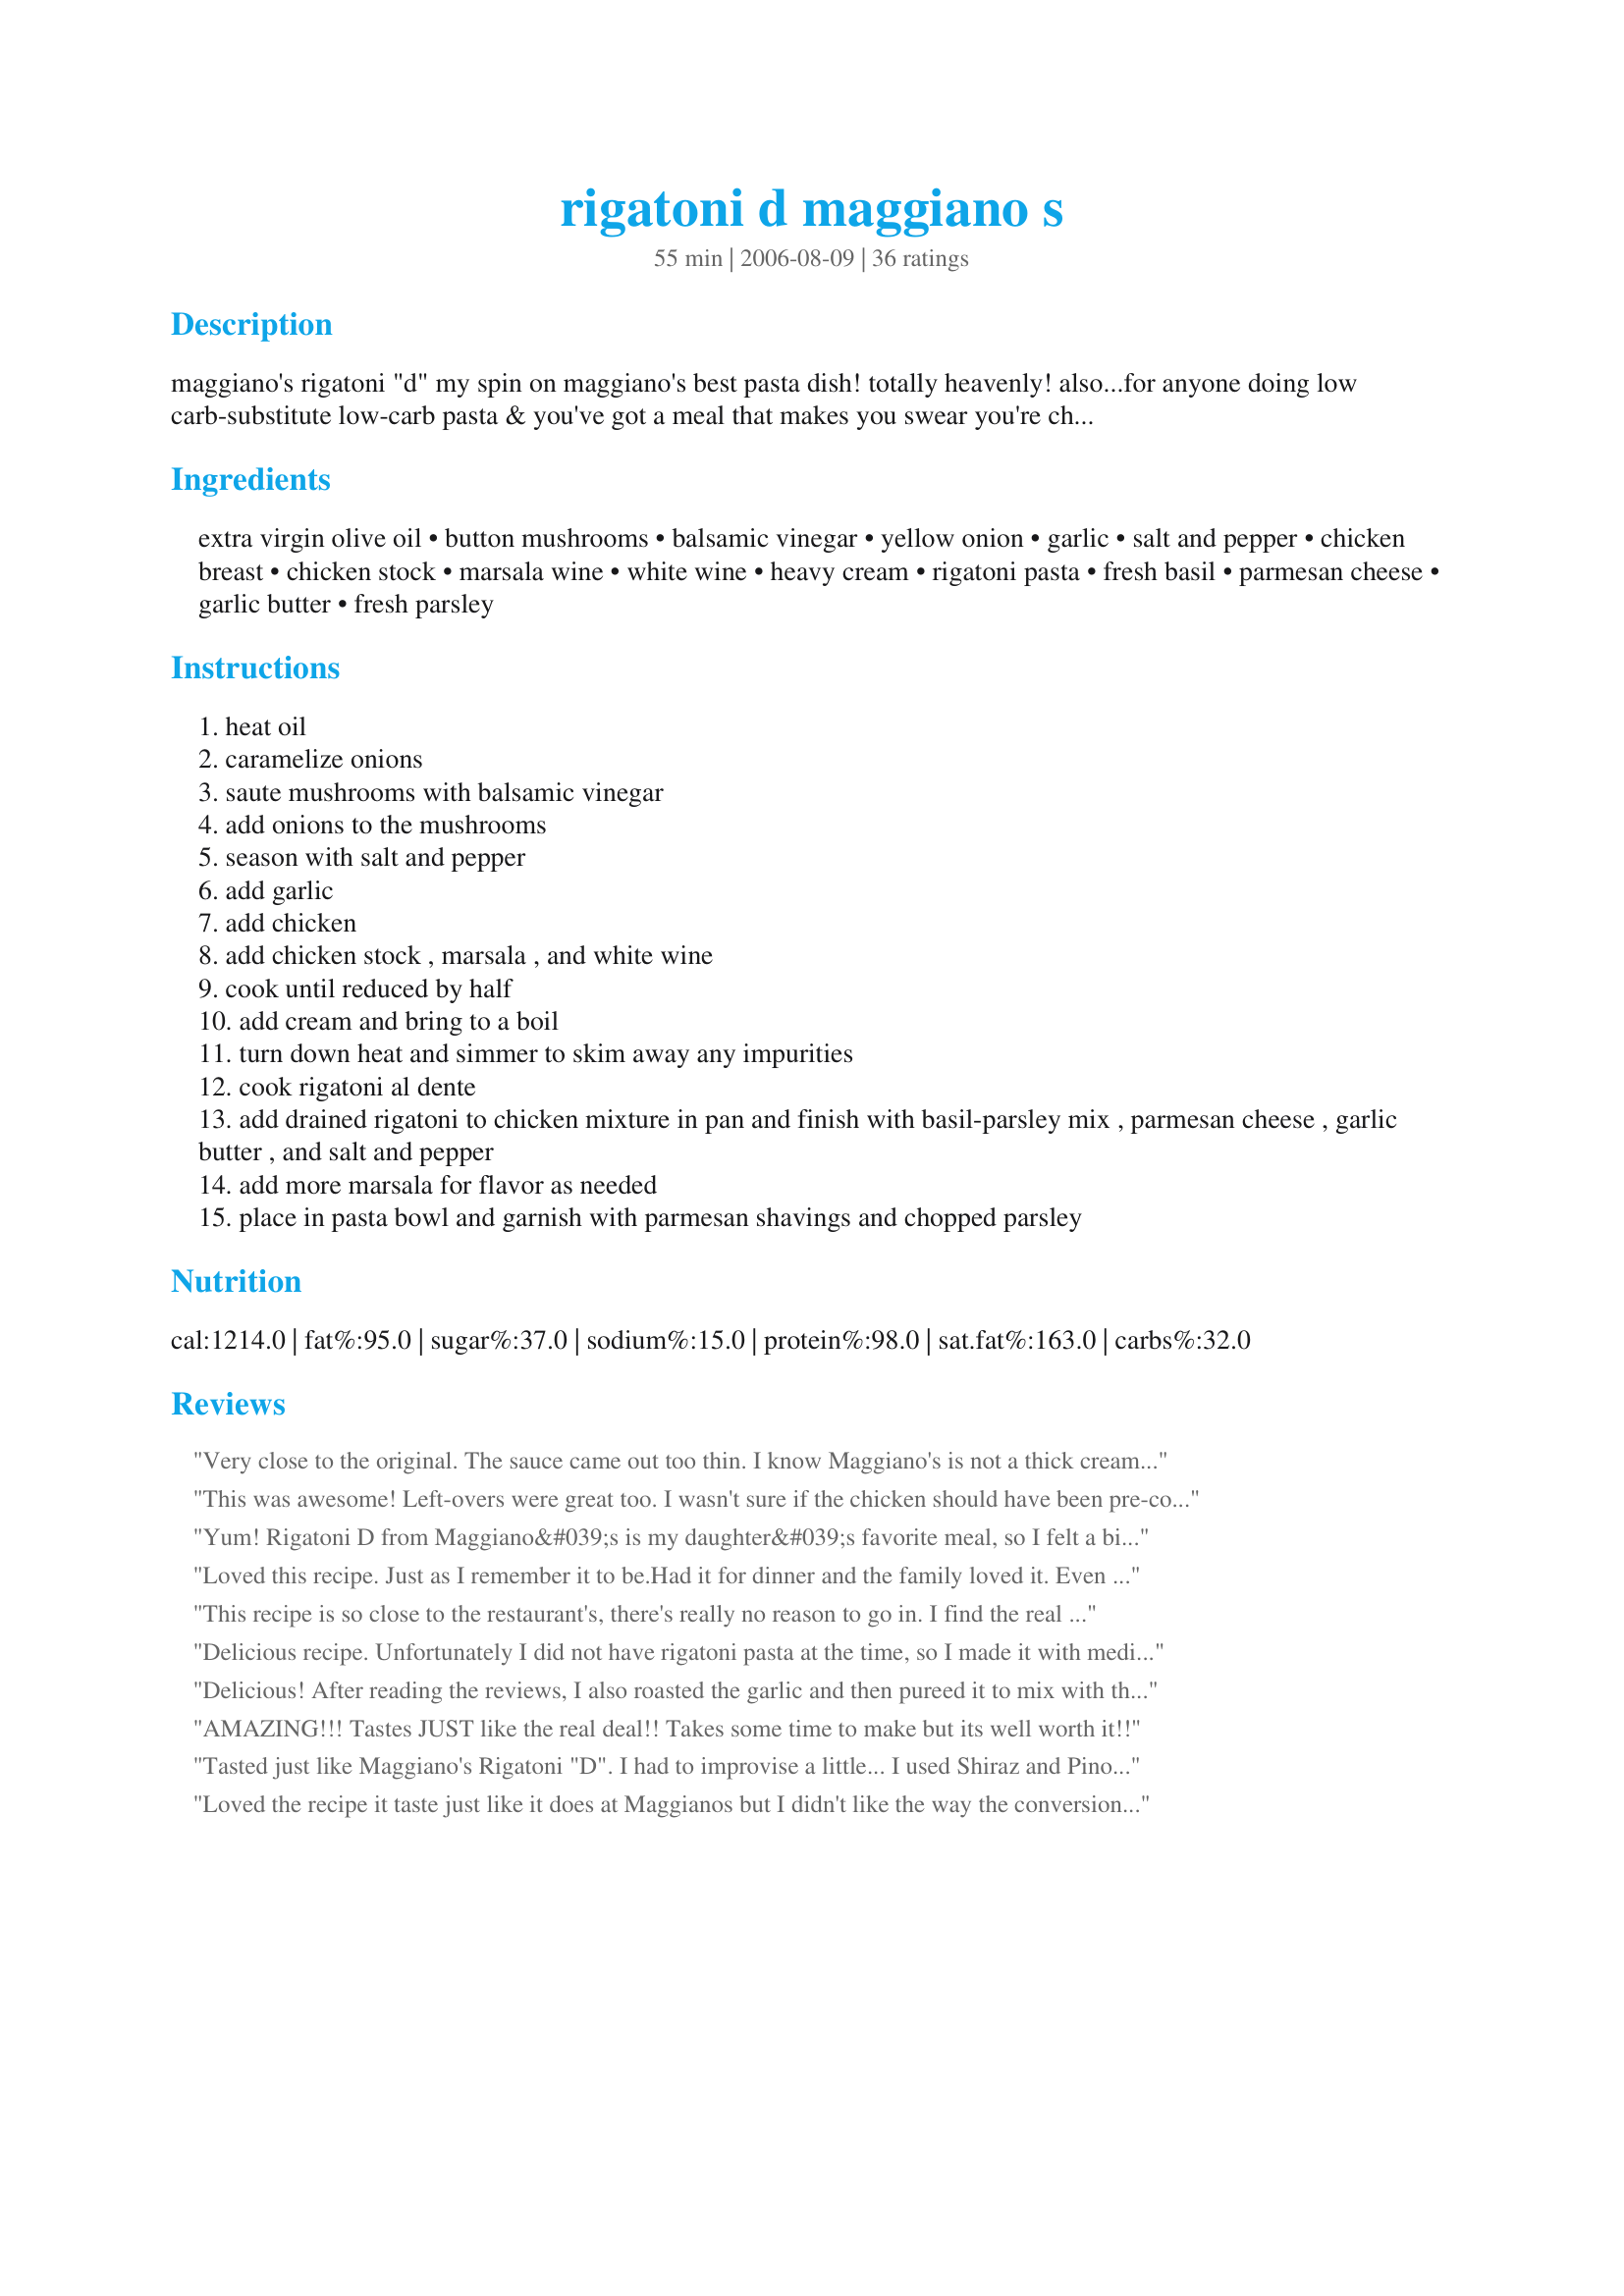
rigatoni d maggiano s
Preparation time: 55 minutes

maggiano's rigatoni "d"

my spin on maggiano's best pasta dish! totally heavenly! also...for anyone doing low carb-substitute low-carb pasta & you've got a meal that makes you swear you're cheating!!!

(the sauce is thin-but if you've noticed, it's thin at maggiano's too! if you like it thicker, just lower the heat and let the sauce reduce some more)

also-if you want to use a rotisserie chicken, you can...it turns out quite well if you are pressed for time.)

Ingredients:
extra virgin olive oil, button mushrooms, balsamic vinegar, yellow onion, garlic, salt and pepper, chicken breast, chicken stock, marsala wine, white wine, heavy cream, rigatoni pasta, fresh basil, parmesan cheese, garlic butter, fresh parsley

Steps:
heat oil
caramelize onions
saute mushrooms with balsamic vinegar
add onions to the mushrooms
season with salt and pepper
add garlic
add chicken
add chicken stock , marsala , and white wine
cook until reduced by half
add cream and bring to a boil
turn down heat and simmer to skim away any impurities
cook rigatoni al dente
add drained rigatoni to chicken mixture in pan and finish with basil-parsley mix , parmesan cheese , garlic butter , and salt and pepper
add more marsala for flavor as needed
place in pasta bowl and garnish with parmesan shavings and chopped parsley

Reviews:
Very close to the original. The sauce came out too thin. I know Maggiano's is not a thick creamy sauce, but this was very thin. I did let the it cook down by half like the recipe calls for. I should have cooked the cream until it began to thicken and then mixed it. Also the onions are not carmelized like at Maggiano's. It was still very tasty.
This was awesome! Left-overs were great too. I wasn't sure if the chicken should have been pre-cooked or go in raw. I decided to pre-cook my chicken breats whole, sauteeing with just a bit of garlic powder, salt & pepper in butter & olive oil. I then started the sauce in the pan with the drippings from the chicken. While the onions & mushrooms cooked the chicken rested, I then sliced it and added where noted in the recipe. Thank you!
Yum! Rigatoni D from Maggiano&#039;s is my daughter&#039;s favorite meal, so I felt a bit of pressure when attempting this recipe. I should never have worried--it was fabulous! I would allow an extra hour to caramelize the onions, however.
Loved this recipe. Just as I remember it to be.Had it for dinner and the family loved it. Even my picky daughter. If you haven't had this at Maggiano's be aware that the sauce is thin and meant to be. If you are looking for a thick sauce this is it.
This recipe is so close to the restaurant's, there's really no reason to go in. I find the real key is going to Whole Foods for the Kerigold Garlic and Herb butter (it's imorted Irish butter). It's $3 a stick but totally worth it. I also use a rotisserie chicken as a time and flavor shortcut. Definitely not low-cal but it is SOO delicious and really has that WOW factor if you're doing a dinner party.
Delicious recipe. Unfortunately I did not have rigatoni pasta at the time, so I made it with medium shell pasta (i posted my picture of it here). Also I skipped the garlic butter but the end result is 99% like Maggiano's. Thank you for sharing the recipe.
Delicious! After reading the reviews, I also roasted the garlic and then pureed it to mix with the butter. I also caramelized the onions, mushrooms, and garlic together with oil, sugar, and 1/4 cup of balsamic vinegar. Put everything together as directed and it turned out fantastic! Thank you for an awesome recipe!
AMAZING!!! Tastes JUST like the real deal!! Takes some time to make but its well worth it!!
Tasted just like Maggiano's Rigatoni "D". I had to improvise a little... I used Shiraz and Pinot Grigio, because that's what I had opened and on hand, and I had to pour out a lot of liquid after the mushrooms sweated out their water and before I put the chicken in. It still took a long time to cook and reduce the amount of liquid, but it was worth the wait. And I think it makes more like 6 servings... Of course it's so good, you just keep eating and eating it...
Loved the recipe it taste just like it does at Maggianos but I didn't like the way the conversions weren't on the website appropriately for the US.It would have been much quicker if I didn't have to stop to go online to see what conversions I needed to make for the US conversions to Cups and tablespoons.
Delicious. The sauce was thin, but surprised me how much the pasta absorbed after a little while. This is a keeper!
This is a wonderful dish! I have made it three times and have finally perfected it. First of all, i sautee the chicken in a seperate pan until almost done. While the chicken is cooking i carmalize the onions. when they are carmelized, I add the mushrooms and a generous splash of balsamic vinegar and reduce for a minute or two. then I add the stock, white wine and double to triple amount of marsala. Then I boil until it is reduced a good bit. Then I add the cream and stir until thickened and then add the chicken and other ingredients to the pan. To make the garlic puree, I place about 1 cup of peeled garlic cloves to an oven proof dish, cover it with olive oil then bake in toaster oven for 1 hour at 350 degrees until golden. I then strain the garlic and puree in food processor with some of the oil.
I have made this three times...also...--loved it...now, going to improvise a bit...to make bigger portions and not to over cook the rigotini
I think Maggiano&#039;s original recipe and this recipe are way too rich and too many carbs (hence the 3 stars), so I just added extra onions, a head of broccoli, and a red pepper to mine. I&#039;ll add even more veggies next time. Even though I omitted the garlic butter and the wine (didn&#039;t have either), the flavor was still amazing!
Perfect!! Must try!!
Terrific. Made as written, family devoured it!
This recipe is is the exact same as Maggiano's Rigatoni "D"! It's one of the best recipes I have ever made. Who ever posted it was two thin was not making the dish correctly! I will be making this in the future! Thank you Im very happy!!!
Awesome recipe!!!! Totally easy!Spot on (maybe better!!!!) I added thyme to meat and sauce to add a little depth!! Thank you so much!!!
This was excellent! I kad Maggiano's Rigatoni "D" just a few days ago and was able to compare, the recipe is right on the money. I roasted a handful of garlic cloves wrapped in foil with a little olive oil until soft and golden as suggested by another reviewer and mashed them with a fork. Next time I will add more mushrooms - we love them and after you add pasta to the dish, mushrooms kind of get lost, but they taste fantastic! I used baby bellas. Also, I didn't have any Marsala on hand, so I used 6 oz of Chablis and really didn't miss the Marsala. Everyone loved it, even my super-picky-eater 11-year-old. Definitely a keeper. Thank you so much for sharing!
Wow! You got really close! I used to work there... secrets.. they use a herb marinade to coat the chicken and bake it. Then the sauce is a marsala white cream sauce but you nailed it! Nice!
All I can say is OMG I LOVE this dish!!! This recipe tastes EXACTLY like the dish at Maggiano's!! I just moved to Simi Valley and we do not have this restaraunt close by so I am super glad I found this recipe!! I doubled this recipe to feed 6 and I had enough left overs for lunch the next day. Everyone LOVED it!!! It does take awhile for the sauce to cook down. The Marsala wine is key!!
Here is how i make it. First bring out all the ingredients, measuring spoons, 2 liquid measuring cups. Put a small frying pan on medium heat. While the pan heats cut up your onion. Put 3 T butter (I like butter better than the olive oil) in pan with onion and as butter melts stir so all onions in butter. Cook on medium until brown 15-20 min stirring occasionally. As that is cooking put 3 T balsamic vinegar in small fry pan with mushrooms. You need the small button ones. I like to use the canned or jar whole ones, drained. Pieces is just not the same and bigger ones too much. I use 2 small cans/jars drained. Cook mushrooms on medium until liquid gone. As the onion and mushrooms cook measure out all ingredients. On a plate grate your Parmesan , measure garlic (I use garlic paste), basil (I use Sold in tube or partially dried. And I use 1 t parsley (sold in tube). Cut your chicken. If you don't have garlic butter, I use 4 T soft butter 1/2 t garlic powder and 1 t dried parsley ( I use sometimes garlic or parsley in tube instead, mix all.Note 1/2 quart means 2 cups so that means 2 cups broth (use low sodium!!! Broth) and 2 cups heavy whipping cream. I use 3 oz Marsala and 2 oz cooking wine (you can measure these in one measuring cup). After onions done put onions and mushrooms in a large cooking pot. Salt and pepper. Add garlic, chicken, broth and wines to mushroom and onions. Cook to half ( I boil for 10 minutes med high). Add cream and turn down to simmer on low. While that simmers Put very warm water in a saucepan cover and bring to boil. Add rigatoni and turn down immediately to medium high. Do not cover. Set timer immediately for 8 minutes to make Al dente. Drain noodles. Add to chicken mixture. Turn heat off. Add Parmesan, garlic butter, basil, parsley. Taste and salt and pepper if needed. Add more Marsala if you want more of that flavor ( I don't).. Noodles will be hard (al dente) and liquid thin. Stir well. Cover with lid and let sit. Stir every 10 minutes for half hour. The longer it sits the better it is. Next day leftovers better yet. Liquid will thicken and noodles finish cooking as it sits. I make it vegetarian as well using better than bouillon vegetarian no chicken base (tastes just like chicken broth, buy online) and omit chicken. Important use low sodium broth or taste before adding additional salt. Also cook noddles al dente or noodles will fall apart. Also let it sit at least 1/2 hour, more if possible. Vegetarian or regular recipe tastes just like maggianos.
Every time I make this my husband and kids are looking for more. Great recipe.
This is my favorite restaurant dish! This recipe is excellent, and tastes very very close to the actual thing! I will be making this often. It made 5 lunch-sized portions for me. The marsala wine is a must, and it's half the price of regular wine. I don't know where to find garlic butter, so I mixed garlic powder in butter and used that. This recipe is going into my permanent cookbook. Thank you sooo much.
I've only been to Maggiano's a couple times and I've never had this dish but... I will say... I made this and it was absolutely delicious!!!! I'm had it for dinner last night and i'm having it for lunch today. The reason i stumbled upon this recipie was because i'm planning a dinner for my jobsite and we decided to plan it at Maggianos. When choosing the options for food I read that this was their signature dish.... So i decided to make it at home 1st and i absolutely love it! Thank you for sharing and excellent job!
This recipe truly is GRAND! I would recommend cooking the onion, garlic, mushroom part for 10 minutes before adding additional ingredients. I have fixed this recipe three times now and each group has been wowed by it, including myself!
We love this recipe. It was really good. We call this a weekend recipe in our house because its not one we would make on a week night because we just wouldn't have the time or we'd eat at 10 pm. It took a while to make but was worth the time for sure. The finishing ingredients (garlic butter, parsley and basil) make this dish extra special. This dish will be on my menu list for a long time!
What a wonderful pasta dish! Certainly not on my "low cal" list but worth every stinking calorie! Will make again! Thanks Erin.. Made for PAC Spring 2008..
Wow what a great meal. Made half a recipe for the two of us and turned out great. Served with fresh French bread and Chopped Italian salad. May add another T. of balsamic as I only used 1 T. Loved it.
this is spot on! This is our favorite dish at Maggiano's, so I was thrilled when it came out so perfect.I have doubled it for larger crowd, it just take longer to cook the liquid down.Thanks!
My boyfriend came from the states, and he loved Maggiano's rigatoni d. I never heard of it before, but I tried this recipe to see if I could come close to it. We were in a hotel suite, so I didnt have any measuring tools, I kind of guessed...Either way, it was fantastic! He said that it was great, and if I had the right measurements, it would have been just like it. I still enjoyed the recipe, and i'll definitely make it again. It gets kind of pricey, but its definitely worth it! Thanks for posting this!
OMG OMG!!! This is my favorite dish in the whole world!! I am a AWFUL cook and I just tried to make this for dinner and WOW I EVEN pulled this off!!! VERY EASY and DELICIOUS!!! SO so so so GOOD!!! Thank you so much for sharing this priceless secret recipe!
I haven't tried this recipe yet, but plan to this evening... the reason i am writing in... is about 4 yrs ago I called Maggiano's to ask what was in the dish... two things are missing... here that I see... They caramelize their onions and they put a little balsamic vinegar in with the mushrooms. Unfortunately the chef couldn't give me the proportions so I don't know how much balsamic.
I am no Maggiano&#039;s chef, so I did not expect it to be exactly like theirs, but wow!! Yummy! As close as you can get without their recipe. Nice rendition of the wonderful Rigatoni &quot;D&quot;! I&#039;m impressed.
This is ridiculously identical to the Maggiano's Rig D. I've been trying to replicate it for a long time. I used a rotisserie chicken from Costco to cut down on time and I will make this over and over again in the future. <br/><br/>One note: Caramelizing Onions (Step 2) takes about 45 minutes to 1 hour. So, the total time to make this dish is close to 1 to 1.5 hours. You can save time by caramelizing the onions in advance.
Just like the real thing.
